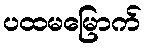
ပထမမြောက်